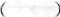
()